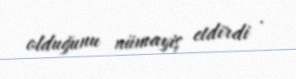
olduğunu nümayiş etdirdi .